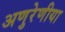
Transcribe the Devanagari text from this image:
अणुरेणीया